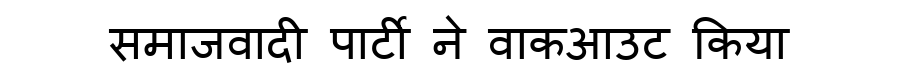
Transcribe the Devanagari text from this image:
समाजवादी पार्टी ने वाकआउट किया